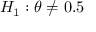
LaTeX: \textstyle H _ { 1 } : \theta \neq 0 . 5